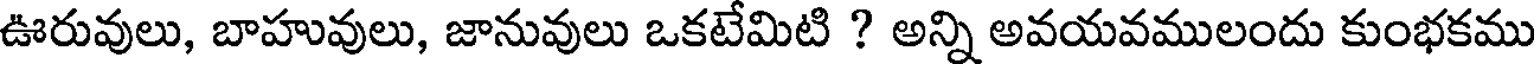
ఊరువులు, బాహువులు, జానువులు ఒకటేమిటి ? అన్ని అవయవములందు కుంభకము